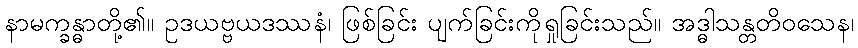
နာမက္ခန္ဓာတို့၏။ ဥဒယဗ္ဗယဒဿနံ၊ ဖြစ်ခြင်း ပျက်ခြင်းကိုရှုခြင်းသည်။ အဒ္ဓါသန္တတိဝသေန၊